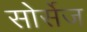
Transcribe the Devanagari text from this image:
सोर्सेज